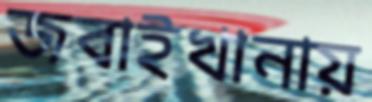
জবাইখানায়